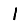
Digit: 1